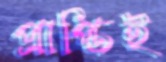
প্রাপ্তিই